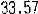
33.57